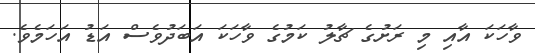
ވާހަކަ އާއި މި ރަށުގެ ޗާލު ކަމުގެ ވާހަކަ އަބަދުވެސް އަޑު އަހަމެވެ.